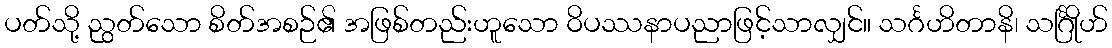
ပတ်သို့ ညွတ်သော စိတ်အစဉ်၏ အဖြစ်တည်းဟူသော ဝိပဿနာပညာဖြင့်သာလျှင်။ သင်္ဂဟိတာနိ၊ သင်္ဂြိုဟ်